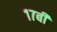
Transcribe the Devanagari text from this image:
१७बी